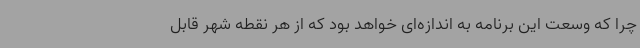
چرا که وسعت این برنامه به اندازه‌ای خواهد بود که از هر نقطه شهر قابل